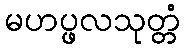
မဟပ္ဖလသုတ္တံ